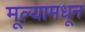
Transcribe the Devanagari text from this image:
मूल्यामधून